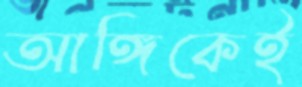
আঙ্গিকেই